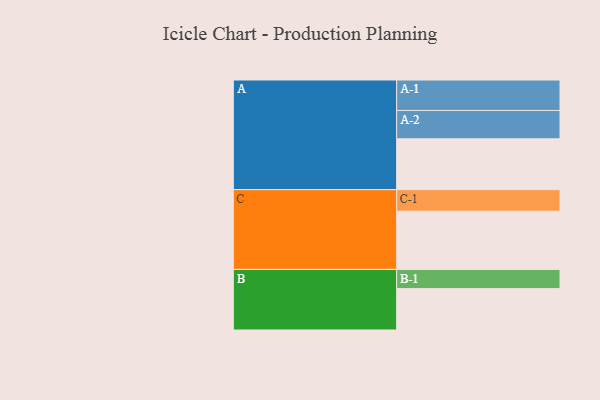
{"axis": {"x": "Segment", "y": "Value"}, "legend": ["", "A", "B", "C"], "data": [{"x": "A", "y": 479, "type": ""}, {"x": "B", "y": 390, "type": ""}, {"x": "C", "y": 548, "type": ""}, {"x": "A-1", "y": 287, "type": "A"}, {"x": "A-2", "y": 267, "type": "A"}, {"x": "B-1", "y": 181, "type": "B"}, {"x": "C-1", "y": 204, "type": "C"}]}